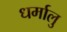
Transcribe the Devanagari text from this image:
धर्मालु